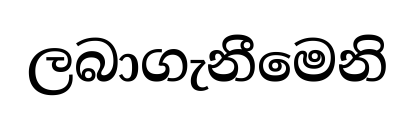
ලබාගැනීමෙනි